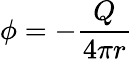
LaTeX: \phi=-{\frac{Q}{4\pi r}}